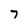
Character: 7